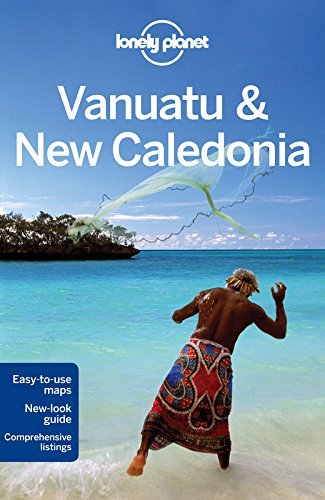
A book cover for Lonely Planet Vanuatu & New Caledonia (Travel Guide) by Lonely Planet (9-Nov-2012) Paperback; Lonely Planet; Travel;